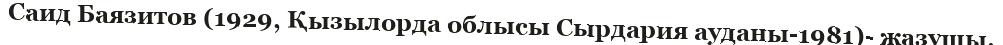
Саид Баязитов (1929, Қызылорда облысы Сырдария ауданы-1981)- жазушы.